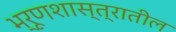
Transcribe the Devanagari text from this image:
भ्रूणशास्त्रातील